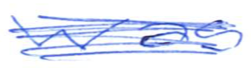
Text: was
Cross-out: mix
Writing tool: ballpoint